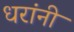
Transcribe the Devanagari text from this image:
धरांनी